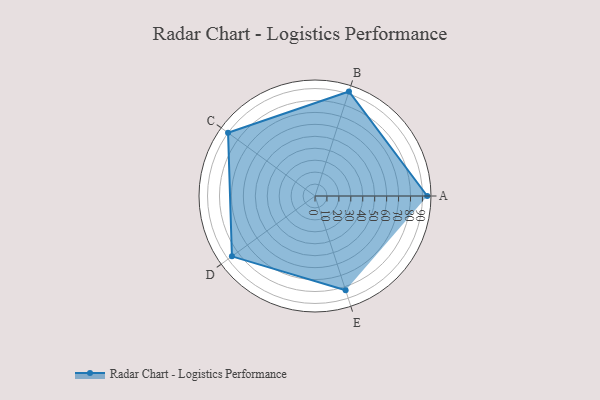
{"axis": {"x": "Skill", "y": "Score"}, "legend": ["Profile"], "data": [{"x": "A", "y": 94.0, "type": "Profile"}, {"x": "B", "y": 92.0, "type": "Profile"}, {"x": "C", "y": 90.0, "type": "Profile"}, {"x": "D", "y": 86.0, "type": "Profile"}, {"x": "E", "y": 83.0, "type": "Profile"}]}